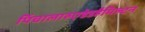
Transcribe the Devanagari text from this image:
पिंचालारुएडेडहैमिल्टन